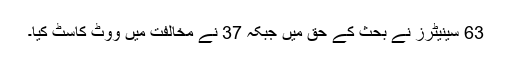
63 سینیٹرز نے بحث کے حق میں جبکہ 37 نے مخالفت میں ووٹ کاسٹ کیا۔